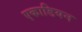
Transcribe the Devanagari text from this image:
एकाडियन